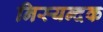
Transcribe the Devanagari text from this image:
निस्यन्दक